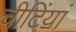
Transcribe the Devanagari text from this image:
चीटिंयां